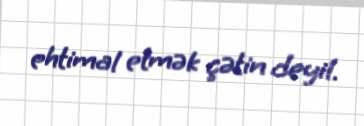
ehtimal etmək çətin deyil.